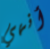
أنهي